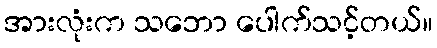
အားလုံးက သဘော ပေါက်သင့်တယ်။